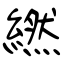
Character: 繎